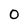
Character: 0